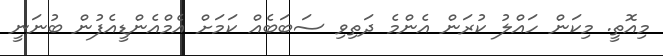
މިއޮތީ. މިކަން ހައްލު ކުރަން އެންމެ ދަތިވި ސަބަބެއް ކަމަށް އެމްއެންޑީއެފުން ބުނަނީ